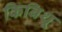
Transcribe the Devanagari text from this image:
किबिथू